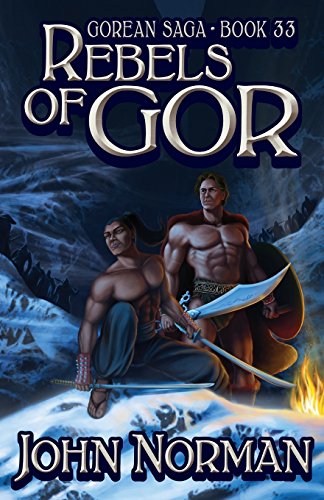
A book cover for Rebels of Gor (Gorean Saga); John Norman; Romance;